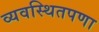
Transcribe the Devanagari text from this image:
व्यवस्थितपणा